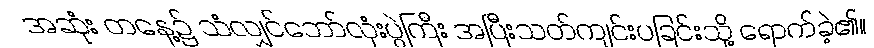
အဆုံး တနေ့၌ သံလျှင်ဘော်လုံးပွဲကြီး အပြီးသတ်ကျင်းပခြင်းသို့ ရောက်ခဲ့၏။